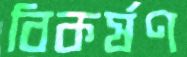
বিকর্ষণ